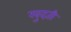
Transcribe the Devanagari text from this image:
खुदती